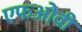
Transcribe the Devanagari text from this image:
एफओवी